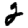
Digit: 2